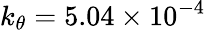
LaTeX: k_{\theta}=5.04\times 10^{-4}